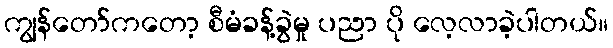
ကျွန်တော်ကတော့ စီမံခန့်ခွဲမှု ပညာ ပို လေ့လာခဲ့ပါတယ်။